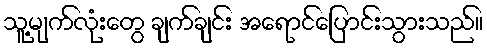
သူ့မျက်လုံးတွေ ချက်ချင်း အရောင်ပြောင်းသွားသည်။